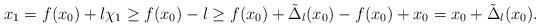
LaTeX: \begin{align*}x_1=f(x_0)+l\chi_1\ge f(x_0)-l\ge f(x_0)+\tilde \Delta_l(x_0)-f(x_0)+x_0=x_0+\tilde \Delta_l(x_0).\end{align*}